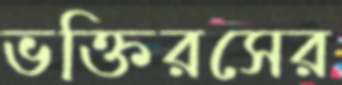
ভক্তিরসের